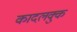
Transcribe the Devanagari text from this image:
कादलक्कु